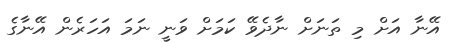
އޭނާ އަށް މި ތަނަށް ނާދެވޭ ކަމަށް ވަނީ ނަމަ އަހަރެން އޭނާގެ